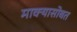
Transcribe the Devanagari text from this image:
माक्यासोबत